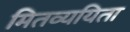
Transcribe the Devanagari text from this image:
मितव्‍ययिता